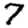
Digit: 7